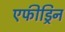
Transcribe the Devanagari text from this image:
एफीड्रिन